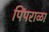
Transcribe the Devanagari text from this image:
पिंपराळा